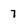
Character: 7